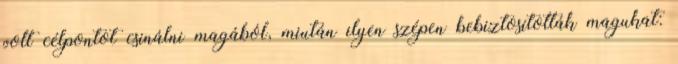
volt célpontot csinálni magából, miután ilyen szépen bebiztosították magukat: